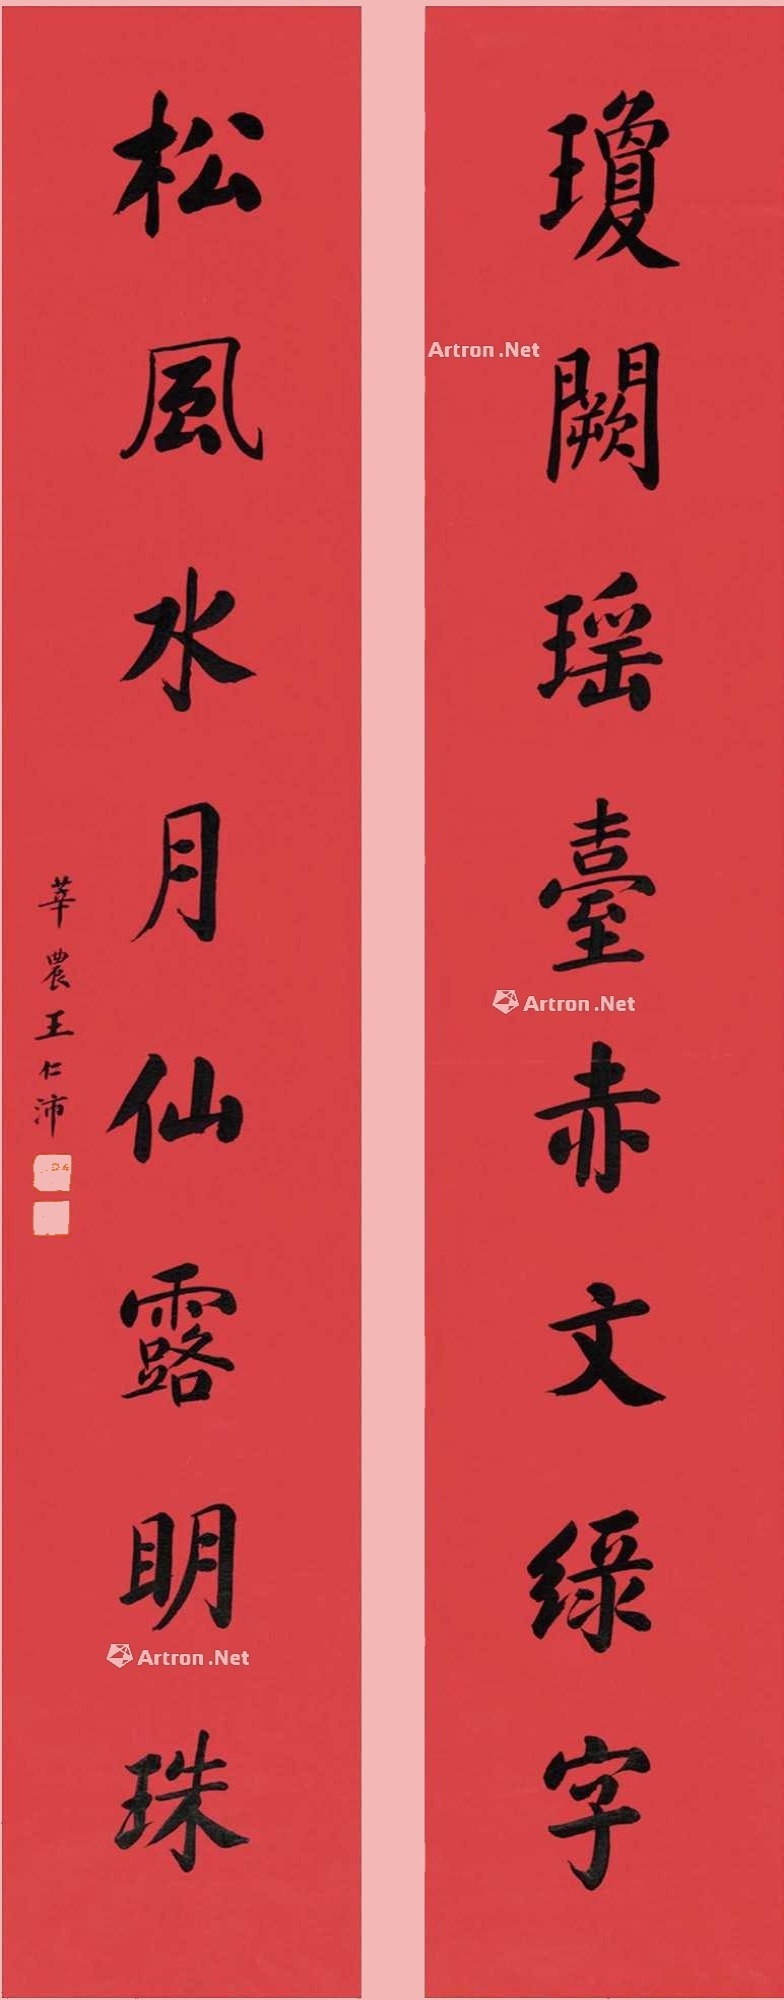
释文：琼阙瑶台赤文绿字，松风水月仙露明珠。莘农王仁沛。